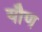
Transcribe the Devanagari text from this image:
यौण